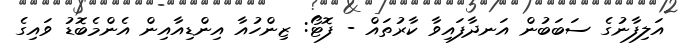
އަލިފާނުގެ ސަބަބުން އަނދާފައިވާ ކާރުތައް - ފޮޓޯ: ޒިންހުއާ އިންޑިއާއިން އެންމެބޮޑު ވައިގެ